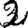
Digit: 2